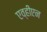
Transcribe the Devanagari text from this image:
एव्हीएन